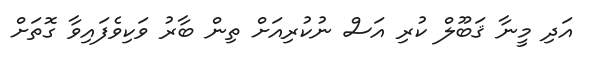
އަދި މީނާ ޤަބޫލް ކުރި އަސް ނުކުރިއަށް ތިން ބާރު ވަކިވެފައިވާ ގޮތަށް